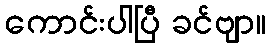
ကောင်းပါပြီ ခင်ဗျာ။